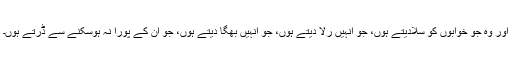
اور وہ جو خوابوں کو سُلادیتے ہوں، جو انہیں رُلا دیتے ہوں، جو انہیں بھگا دیتے ہوں، جو ان کے پورا نہ ہوسکنے سے ڈرتے ہوں۔